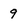
Character: 9